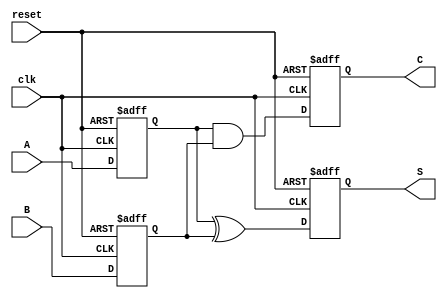
module sequential_half_adder (
    input wire clk,       // Clock input
    input wire reset,     // Reset input
    input wire A,         // First input bit
    input wire B,         // Second input bit
    output reg S,         // Sum output
    output reg C          // Carry output
);

// State registers to hold the input values
reg A_reg;
reg B_reg;

// Always block to sample inputs on clock edge
always @(posedge clk or posedge reset) begin
    if (reset) begin
        // Reset the registers and outputs to zero
        A_reg <= 1'b0;
        B_reg <= 1'b0;
        S <= 1'b0;
        C <= 1'b0;
    end else begin
        // Sample the inputs
        A_reg <= A;
        B_reg <= B;

        // Calculate Sum and Carry based on stored inputs
        S <= A_reg ^ B_reg;    // Sum: A XOR B
        C <= A_reg & B_reg;    // Carry: A AND B
    end
end

endmodule